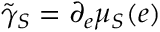
\tilde { \gamma } _ { S } = \partial _ { e } \mu _ { S } ( e )